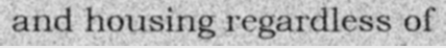
and housing regardless of